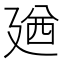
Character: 𪪰